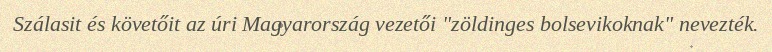
Szálasit és követőit az úri Magyarország vezetői "zöldinges bolsevikoknak" nevezték.